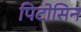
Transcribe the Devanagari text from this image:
पिटोसिन